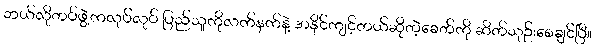
ဘယ်လိုတပ်ဖွဲ့ကလုပ်လုပ် ပြည်သူကိုလက်နက်နဲ့ အနိုင်ကျင့်တယ်ဆိုတဲ့ခေတ်ကို ဆိတ်သုဉ်းစေချင်ပြီ။